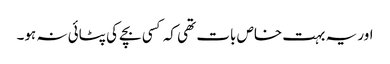
اور یہ بہت خاص بات تھی کہ کسی بچے کی پٹائی نہ ہو۔